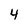
Character: 4